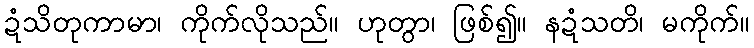
ဍံသိတုကာမာ၊ ကိုက်လိုသည်။ ဟုတွာ၊ ဖြစ်၍။ နဍံသတိ၊ မကိုက်။